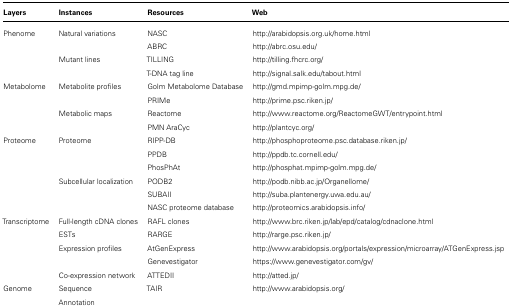
<table><thead><tr><td><b>Layers</b></td><td><b>Instances</b></td><td><b>Resources</b></td><td><b>Web</b></td></tr></thead><tbody><tr><td>Phenome</td><td>Natural variations</td><td>NASC</td><td>http://arabidopsis.org.uk/home.html</td><td></td></tr><tr><td></td><td></td><td>ABRC</td><td>http://abrc.osu.edu/</td></tr><tr><td></td><td>Mutant lines</td><td>TILLING</td><td>http://tilling.fhcrc.org/</td></tr><tr><td></td><td></td><td>T-DNA tag line</td><td>http://signal.salk.edu/tabout.html</td></tr><tr><td>Metabolome</td><td>Metabolite profiles</td><td>Golm Metabolome Database</td><td>http://gmd.mpimp-golm.mpg.de/</td></tr><tr><td></td><td></td><td>PRIMe</td><td>http://prime.psc.riken.jp/</td></tr><tr><td></td><td>Metabolic maps</td><td>Reactome</td><td>http://www.reactome.org/ReactomeGWT/entrypoint.html</td></tr><tr><td></td><td></td><td>PMN AraCyc</td><td>http://plantcyc.org/</td></tr><tr><td>Proteome</td><td>Proteome</td><td>RIPP-DB</td><td>http://phosphoproteome.psc.database.riken.jp/</td></tr><tr><td></td><td></td><td>PPDB</td><td>http://ppdb.tc.cornell.edu/</td></tr><tr><td></td><td></td><td>PhosPhAt</td><td>http://phosphat.mpimp-golm.mpg.de/</td></tr><tr><td></td><td>Subcellular localization</td><td>PODB2</td><td>http://podb.nibb.ac.jp/Organellome/</td></tr><tr><td></td><td></td><td>SUBAII</td><td>http://suba.plantenergy.uwa.edu.au/</td></tr><tr><td></td><td></td><td>NASC proteome database </td><td>http://proteomics.arabidopsis.info/</td></tr><tr><td>Transcriptome</td><td>Full-length cDNA clones</td><td>RAFL clones</td><td>http://www.brc.riken.jp/lab/epd/catalog/cdnaclone.html</td></tr><tr><td></td><td>ESTs</td><td>RARGE</td><td>http://rarge.psc.riken.jp/</td></tr><tr><td></td><td>Expression profiles</td><td>AtGenExpress</td><td>http://www.arabidopsis.org/portals/expression/microarray/ATGenExpress.jsp</td></tr><tr><td></td><td></td><td>Genevestigator</td><td>https://www.genevestigator.com/gv/</td></tr><tr><td></td><td>Co-expression network</td><td>ATTEDII</td><td>http://atted.jp/</td></tr><tr><td>Genome</td><td>Sequence</td><td>TAIR</td><td>http://www.arabidopsis.org/</td></tr><tr><td></td><td>Annotation</td><td></td><td></td></tr></tbody></table>